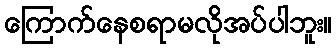
ကြောက်နေစရာမလိုအပ်ပါဘူး။